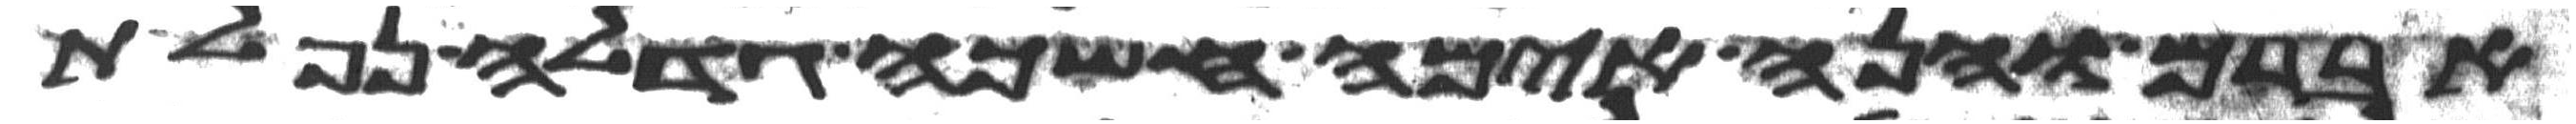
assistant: אברם והנה אימה חשכה גדלה נפלת